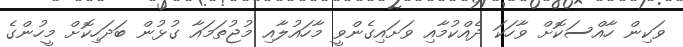
ވަކިން ހާއްސަކޮށް ވާހަކަ ދެއްކުމާއި ވަށައިގެންވީ މާހައުލާއި މުޖުތަމައާ ގުޅުން ބަދަހިކޮށް މީހުންގެ